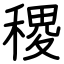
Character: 稷